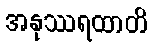
အနုဿရထာတိ